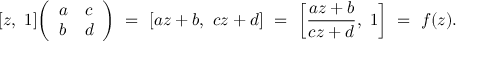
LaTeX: [ z , \ 1 ] { \left( \begin{array} { l l } { a } & { c } \\ { b } & { d } \end{array} \right) } \ = \ [ a z + b , \ c z + d ] \ = \ \left[ { \frac { a z + b } { c z + d } } , \ 1 \right] \ = \ f ( z ) .